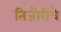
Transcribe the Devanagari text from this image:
तिजोरीचे